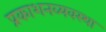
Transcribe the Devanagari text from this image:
प्रकाशनव्यवस्था